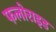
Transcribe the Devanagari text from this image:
फलोराइड